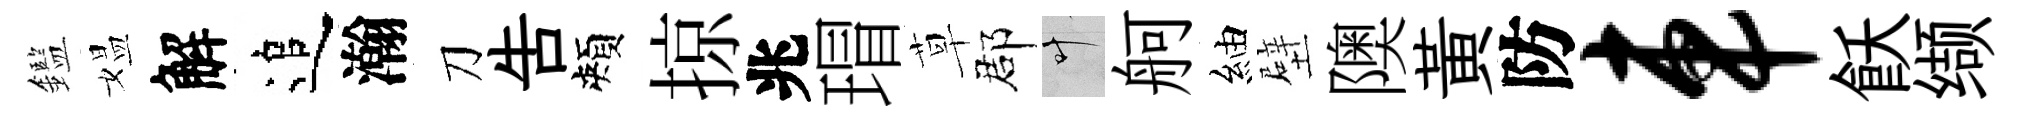
鑑媪解追瀚刀告頰掠兆瑁草郡叶舸紬壁隩黄防车飫缬